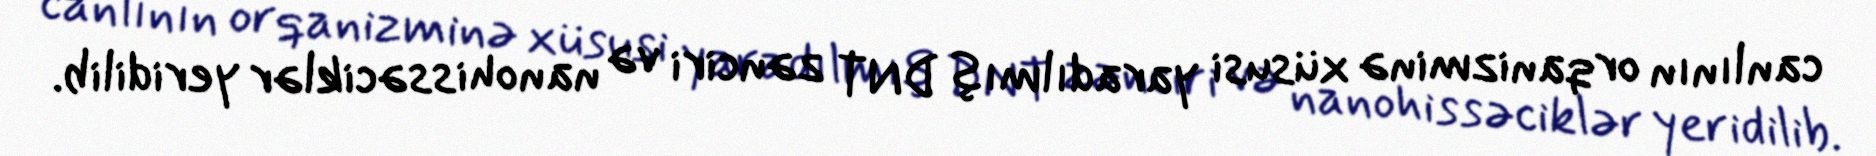
canlının orqanizminə xüsusi yaradılmış DNT zənciri və nanohissəciklər yeridilib.